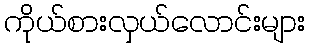
ကိုယ်စားလှယ်လောင်းများ